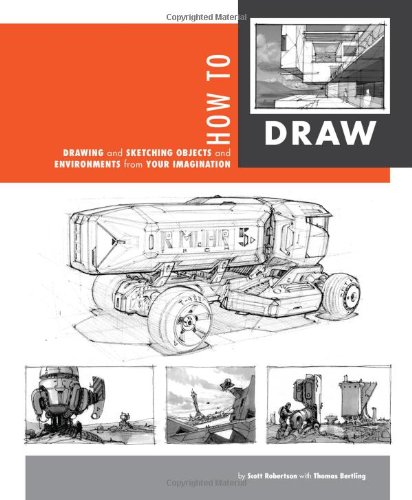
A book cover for How to Draw: drawing and sketching objects and environments from your imagination; Scott Robertson; Arts & Photography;